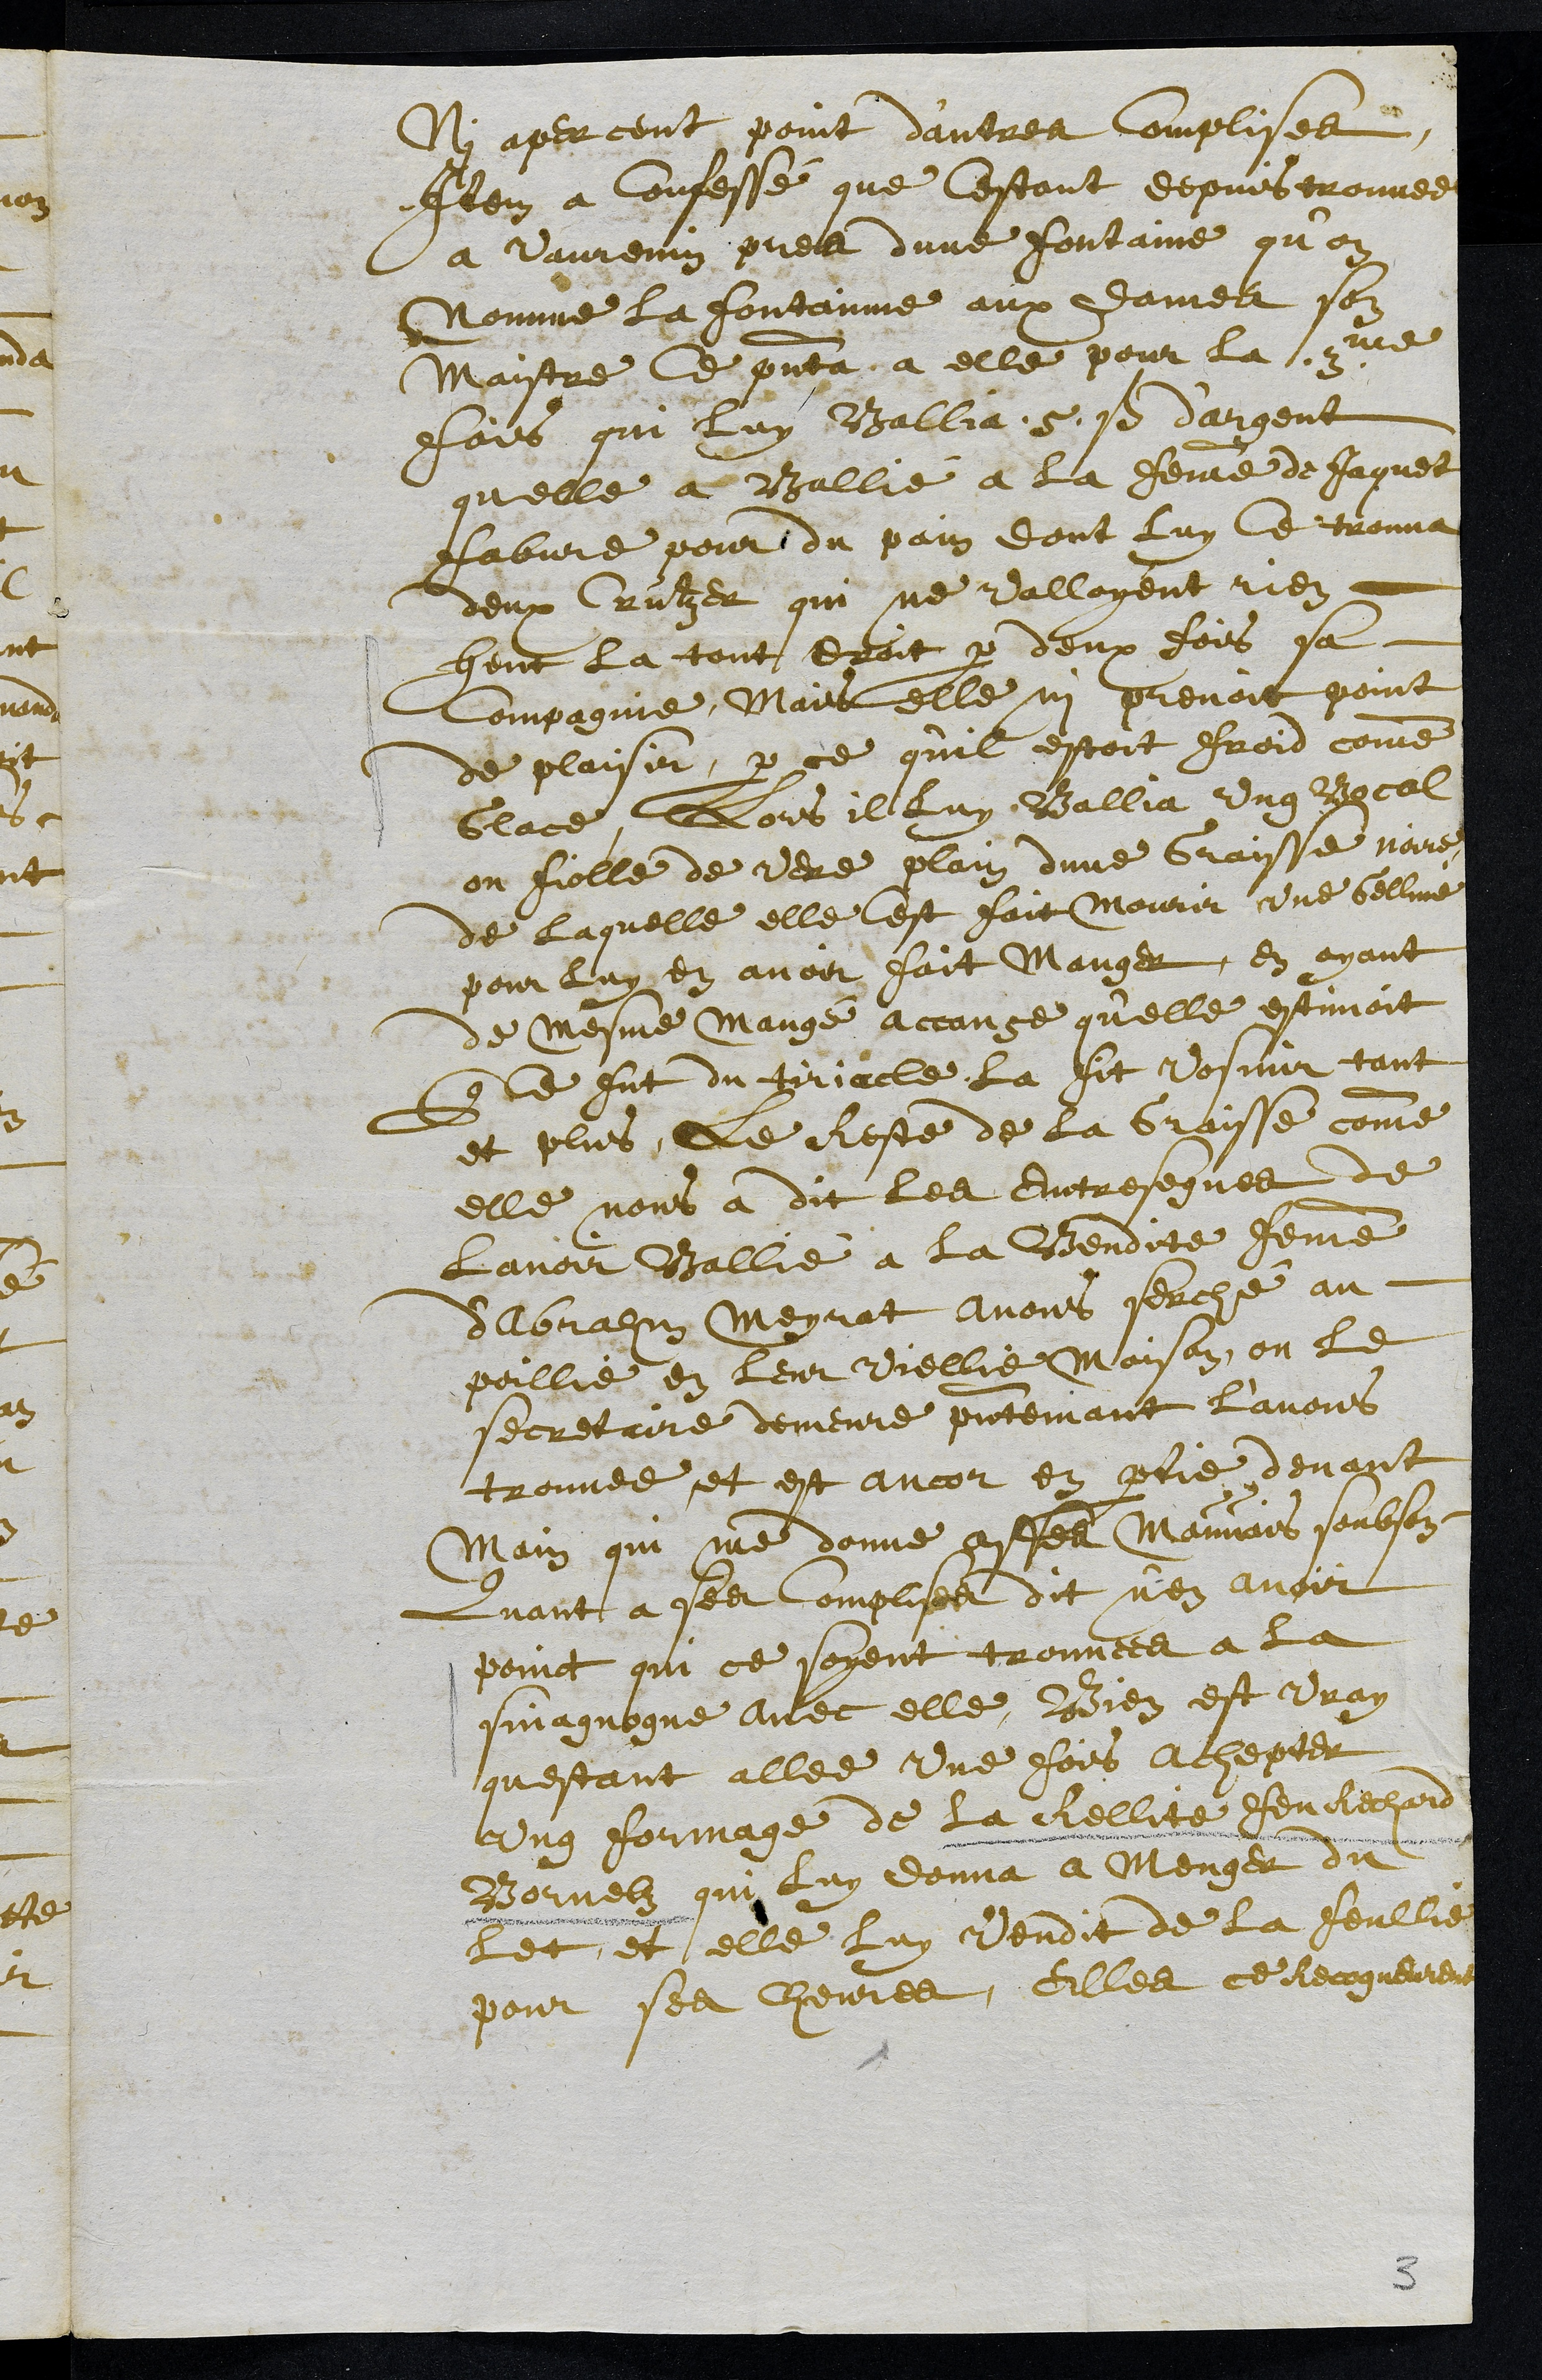
Ni aperceut point d’autres complises
Item a confessé que cestant depuis trouvee
a Vaurenin pres dune fontaine qu'on
nomme la fontainne aux dames son
Maistre Ce presenta a elle pour la 3me
fois qui luy Ballia 5 s d'argent
quelle a Ballié a la femme de Jaquet
fabvre pour du pain dont luy ce trouva
deux Crutzer qui ne valloyent rien
heut la tout droit par deux fois sa
Compagnie, Mais elle ni prenoit point
de plaisir, par ce quil estoit froid comme
Glace, Lors il luy Ballia ung Bocal
ou fiolle de vere plain dune Graisse noire
de laquelle elle cest fait mourir une gelline
pour luy en avoir fait manger, en ayant
de mesme mangé accause qu'elle estimoit
que ce fut du tiriacle, la fit vosmir tant
et plus, le Reste de la graisse comme
elle nous a dit les entreseignes de
Lavoir Ballié a la Bendite femme
d'Abrahm Meyrat avons serché au
poillie en leur viellie maison, ou le
secretaire demeure presentement l'avons
trouvee et est ancor en partie devant
Main qui me donne asses mauvais soubson
Quant a ses complises dit n'en avoir
poinct qui ce soyent trouvees a la
sinaguogue avec elle, bien est vray
questant allee une fois achepter
ung formage de la Rellite feu Rechard
Bornelz qui luy donna a manger du
let et elle luy vendit de la feullie
pour ses chevres, Elles ce recogneurent
3